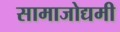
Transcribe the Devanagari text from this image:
सामाजोद्यमी